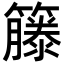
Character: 籐